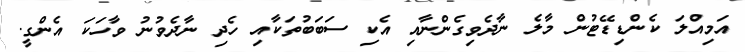
އަމިއްލަ ކެންޑިޑޭޓުން މާލެ ނާދެވިގެންނާއި އެކި ސަބަބުތަކާއި ހެދި ނާދެވުނު ވާހަކަ އެންގީ.